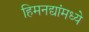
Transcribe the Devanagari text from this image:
हिमनद्यांमध्ये